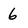
Character: 6